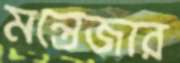
মন্তেজার